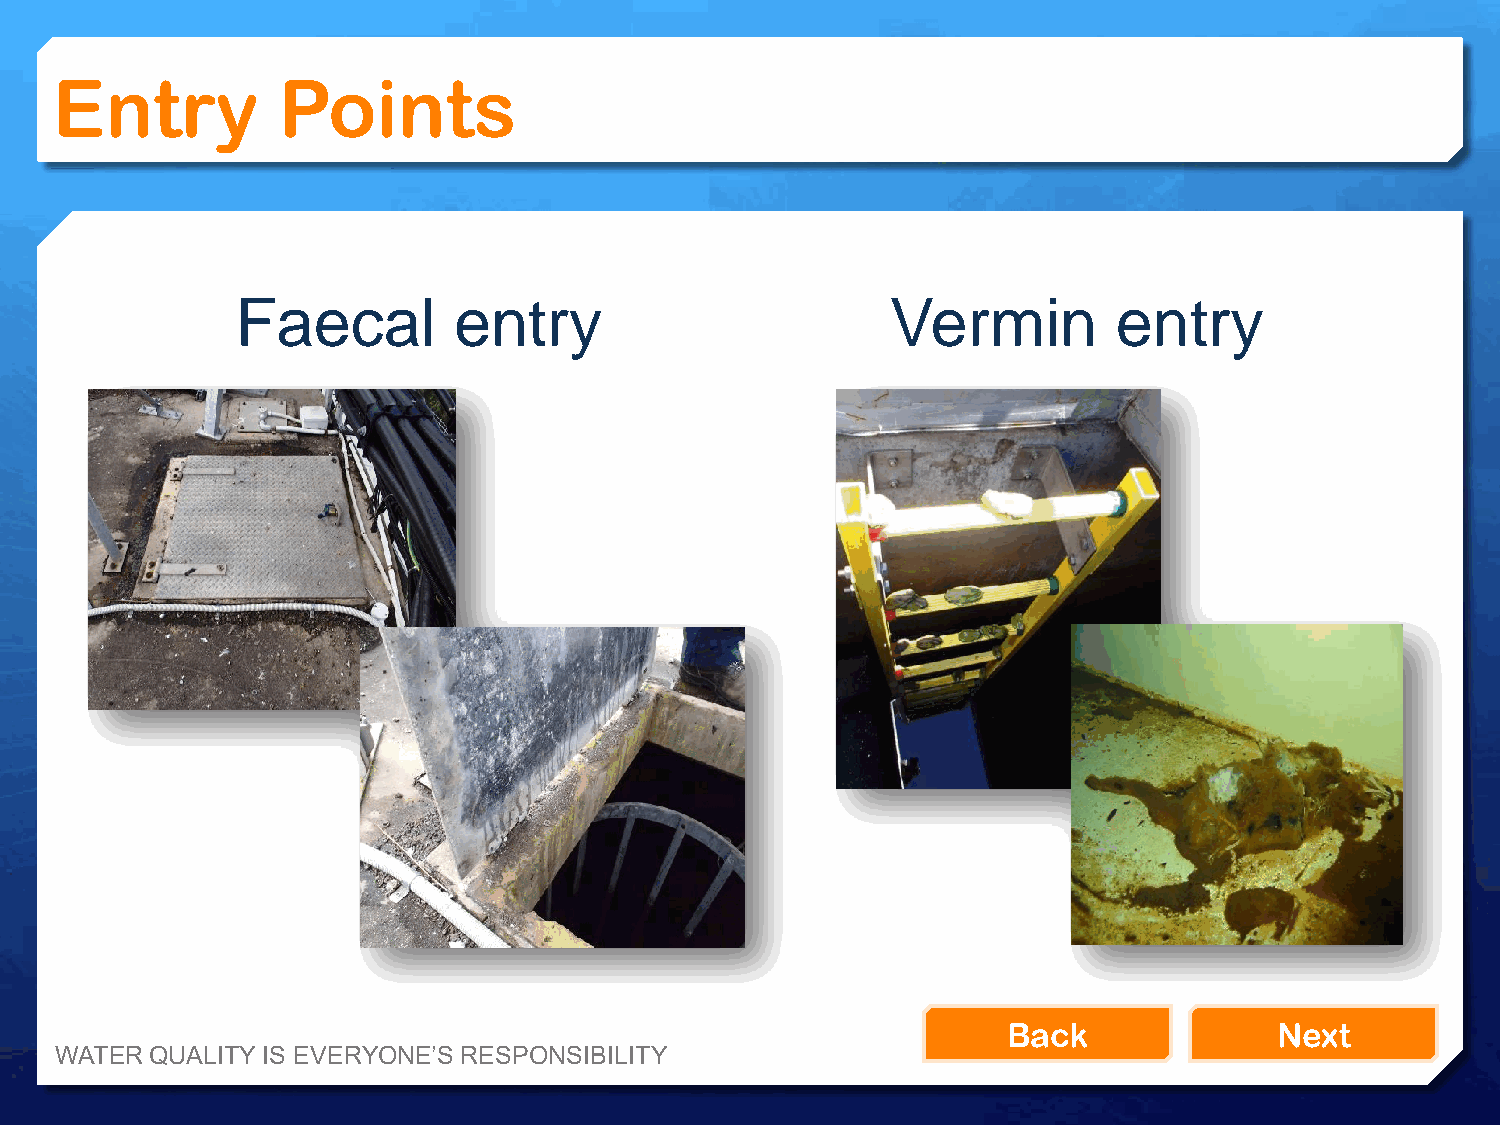
Entry          Points
 Faecal        entry                        Vermin         entry
 Back              Next
 WATER QUALITY IS EVERYONE’S RESPONSIBILITY